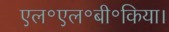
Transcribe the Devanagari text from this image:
एल॰एल॰बी॰किया।